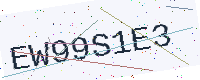
Text: EW99S1E3